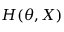
H ( \theta , X )